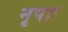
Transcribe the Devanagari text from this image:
नृपाः